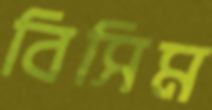
বিসিম